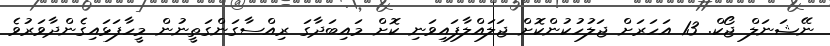
ނޭޝަނަލް ޖޯކް. 13 އަހަރަށް ޖަލަުހުކުންކޮށް ޖަލައްލާފައިވަނި ކޮށް މައިބަދާގަ ރިއްސާގަންގަތީނުން މީހާފަޅައިގެންދާވަރުވެ